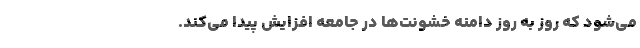
می‌شود که روز به روز دامنه خشونت‌ها در جامعه افزایش پیدا می‌کند.